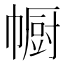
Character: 㡡